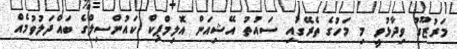
މަރުޒޫގު ވިދާޅުވީ މި މަހުގެ ތެރޭގައި ސައުތު އޭޝިއަން އޮލިމްޕިކް ކައުންސިލްގެ ބައްދަލުވުމެއް